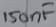
Text: 150nF